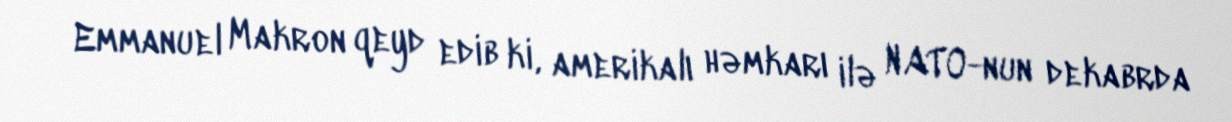
Emmanuel Makron qeyd edib ki, amerikalı həmkarı ilə NATO-nun dekabrda